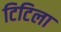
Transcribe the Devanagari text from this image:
टिटिला